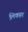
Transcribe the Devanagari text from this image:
लिकहर